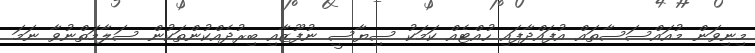
މިނިވަން މުއައްސަސާތައް އުފައްދާފައި ހުއްޓެއް ކަމަކު ސިޔާސީ ނުފޫޒާއި ބިރުދެއްކުންތަކުން ސަލާމަތްނުވާ ނަމަ